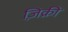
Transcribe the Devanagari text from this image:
ज़िक्री